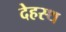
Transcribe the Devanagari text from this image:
देहस्थ